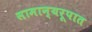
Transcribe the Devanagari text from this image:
सामान्यरूपात